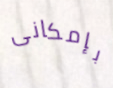
بإمكانى